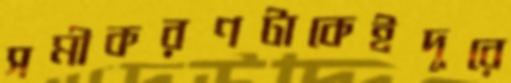
সমীকরণটাকেইদূরে